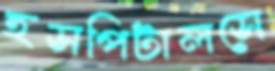
হসপিটালসে